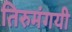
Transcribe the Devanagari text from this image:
तिरुमंगयी